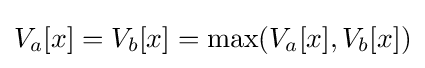
V_{a}[x]=V_{b}[x]=\max(V_{a}[x],V_{b}[x])